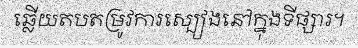
ឆ្លើយតបតម្រូវការស្បៀងនៅក្នុងទីផ្សារ។